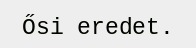
Ősi eredet.